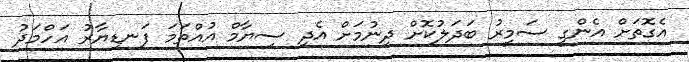
އެގޮތަށް އެންގީ ސަމީރު ބަދަލުކޮށް ދިނުމަށް އެދި ސިޔާމް އުއްތަމަ ފަނޑިޔާރު އަހްމަދު